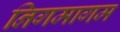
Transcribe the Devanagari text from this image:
निगमागम